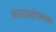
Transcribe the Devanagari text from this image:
अंतरराष्ट्रीयकरण